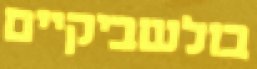
בולשביקיים